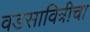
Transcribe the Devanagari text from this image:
वडसावित्रीचा